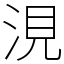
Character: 涀